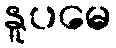
နူပမေ